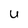
Character: U